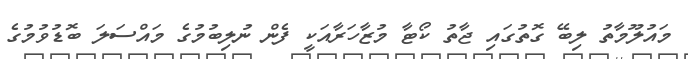
މައުލޫމާތު ލިބޭ ގޮތުގައި ޖާތު ކޯޓާ މުޒާހަރާއަކީ ފެން ނުލިބުމުގެ މައްސަލަ ބޮޑުވުމުގެ